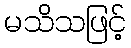
မသိသဖြင့်